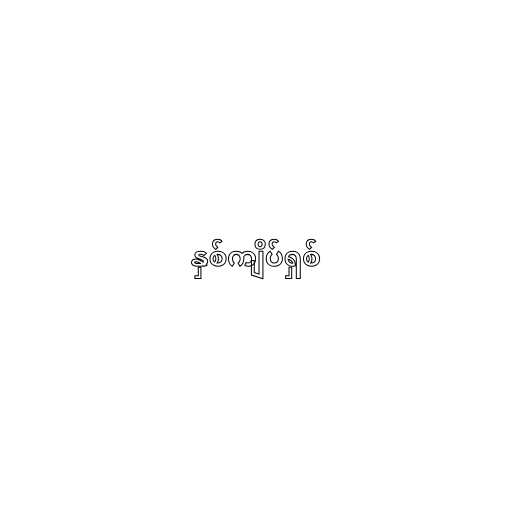
နှစ်ကျိပ်ရှစ်